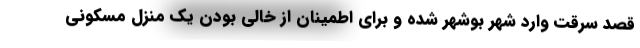
قصد سرقت وارد شهر بوشهر شده و برای اطمینان از خالی بودن یک منزل مسکونی